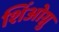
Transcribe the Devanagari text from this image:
शिंओग्नु